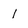
Character: l